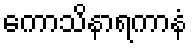
ကောသိနာရကာနံ